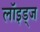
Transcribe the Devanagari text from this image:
लॉइड्ज